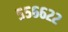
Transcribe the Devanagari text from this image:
५५६६२२